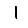
Digit: 1